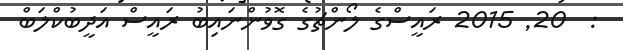
:  20